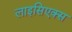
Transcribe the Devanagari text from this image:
लाइसिएक्स